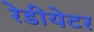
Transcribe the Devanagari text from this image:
रेडीयेटर